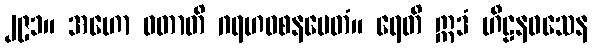
၂၉၁။ အဟော ဝတာတိ ဂရဟဝစနမေတံ။ ရေတိ ဣဒံ ဟီဠနဝသေန